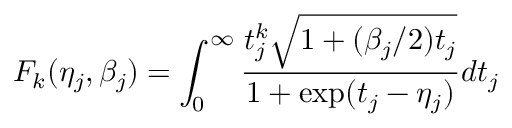
F _ { k } ( \eta _ { j } , \beta _ { j } ) = \int _ { 0 } ^ { \infty } \frac { t _ { j } ^ { k } \sqrt { 1 + ( \beta _ { j } / 2 ) t _ { j } } } { 1 + \exp ( t _ { j } - \eta _ { j } ) } d t _ { j }